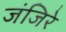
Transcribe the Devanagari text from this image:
जंजिरे